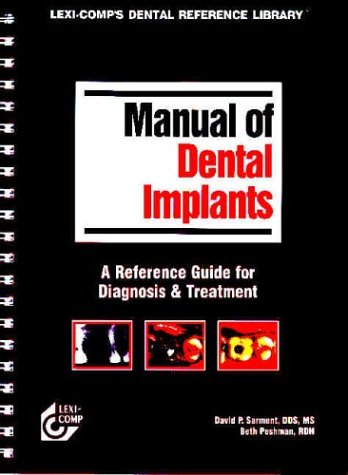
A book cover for Lexi-Comp's Manual of Dental Implants; David Sarment; Medical Books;